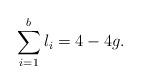
LaTeX: \begin{align*} \sum_{i=1}^b l_i=4-4g. \end{align*}